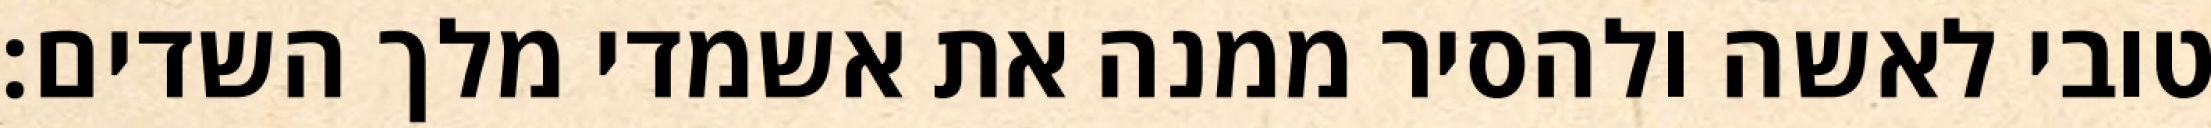
טובי לאשה ולהסיר ממנה את אשמדי מלך השדים: